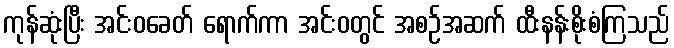
ကုန်ဆုံးပြီး အင်းဝခေတ် ရောက်ကာ အင်းဝတွင် အစဉ်အဆက် ထီးနန်းစိုးစံကြသည်